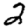
Digit: 2